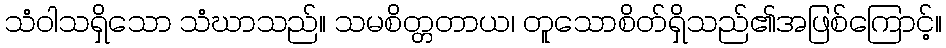
သံဝါသရှိသော သံဃာသည်။ သမစိတ္တတာယ၊ တူသောစိတ်ရှိသည်၏အဖြစ်ကြောင့်။